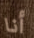
أنا